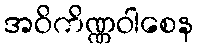
အဝိကိဏ္ဏဝါစေန